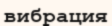
вибрация